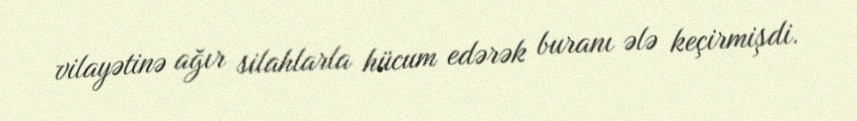
vilayətinə ağır silahlarla hücum edərək buranı ələ keçirmişdi.